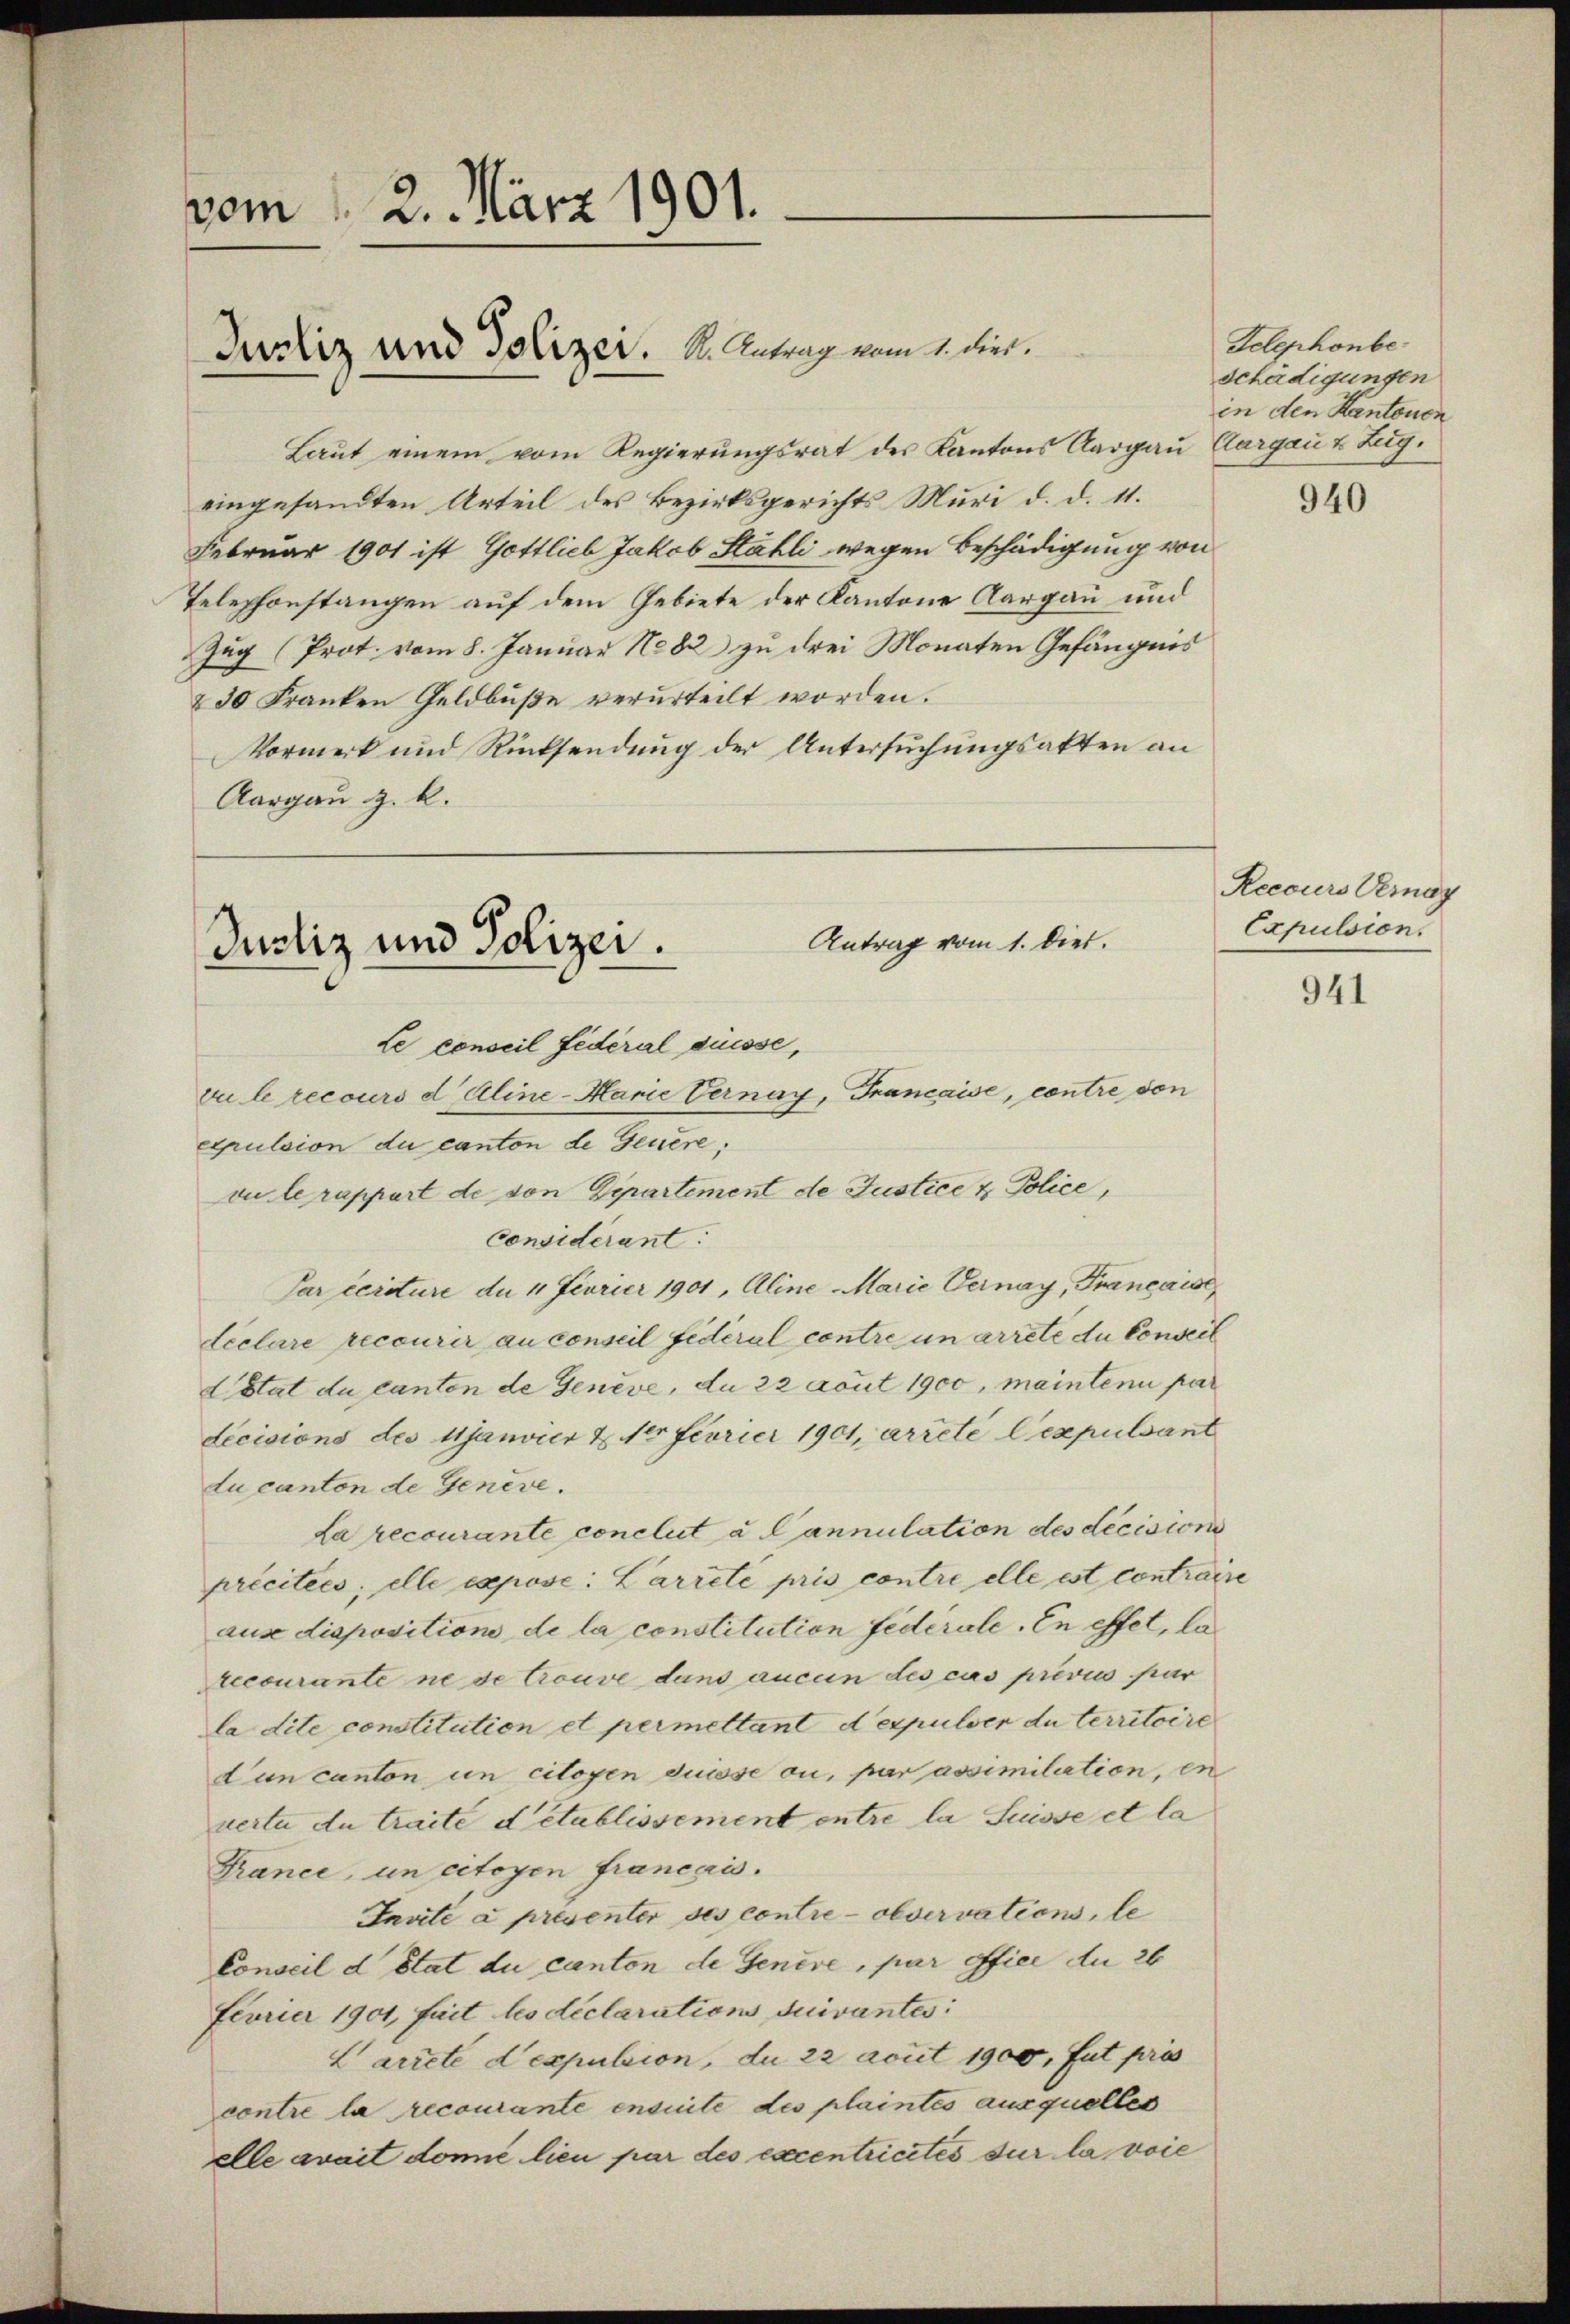
vom 1. 2. März 1901.
Justiz und Polizei. S. Antrag vom 1. Dier.

Laut einem vom Regierungsrat des Kantons Aargau, Aargau & Zug.
eingesandten Urteil des Bezirksgerichts Muri d. d. 11.
Februar 1901 ist Gottlieb Jakob Stähli wegen Beschädigung von
Telephonstangen auf dem Gebiete der Kantone Aargau und
Zug (Prot. vom 8. Januar No 82 zu drei Monaten Gefängnis
& 30 Franken Geldbuße verurteilt worden.
Vormerk und Rücksendung der Untersuchungsakten an
Aargau z. k.

Antrag vom 1. Diet.
Justiz und Polizei.
Le conseil fédéral diesse,
eul recours d Aline-Marie Vernay, Francaise, contre von

Telephonbe
schädigungen
in den Kantonen

Axpulsion du canton de Genere,
vu le rappart de von Departement de Justice & Police,
Considérant:
Parceriture de 4. Feurier 1901, Aline Marie Vernay, Française
déclare recourir au conseil fédéral contre un arrete du Conseil
dStat du Canton de Genève, du 22 acut 1900, maintenu par
decisions des Manvier & 10. Ferier 1901, arrete Cespulsant
du canton de Genève.
La recourante conclut a Cannulation des decision
précitées; elle expose: Larreté pris contre elle est contraire
ause disposition de la constitution fédérale. En effet, la
teecurante ne se trouve dans aucun des cas prévis par
la dite constitution et permettant d expulver du territoire
dun canton un citoyen duisse ou, par assimilation, in
vertu du traite detablissement entre la Suisse et la
France, un citoyen français.
Invite à presenter ses contre - observations, le
Conseil d état du canton de Genere, par office du 26
Fevrier 1901, fait les déclarations suivantes:
L arrete dexpubion, du 22 acuit 1900, fut præs
contre la recourante ensuite des plaintes ausquelles
elle avait domie lieu par des excentricités sur la voie

940

Recours Vernay
Expulsion.

941